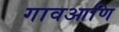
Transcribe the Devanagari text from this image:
गावआणि